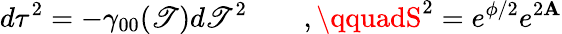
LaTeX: d\tau^{2}=-\gamma_{00}(\mathscr{T})d\mathscr{T}^{2}\qquad,\qquadS^{2}=e^{\phi/2}e^{2\mathbf{A}}